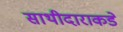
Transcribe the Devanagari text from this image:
साथीदाराकडे